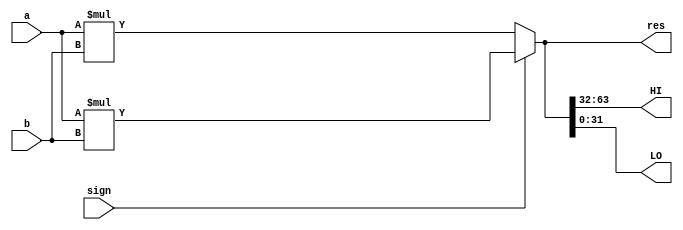
`timescale 1ns / 1ps
//////////////////////////////////////////////////////////////////////////////////
// Company: 
// Engineer: 
// 
// Design Name: 
// Module Name: MUL
// Project Name: 
// Target Devices: 
// Tool Versions: 
// Description: 
// 
// Dependencies: 
// 
// Revision:
// Revision 0.01 - File Created
// Additional Comments:
// 
//////////////////////////////////////////////////////////////////////////////////


module MUL(
    input [31:0] a,
    input [31:0] b,
    input sign,
    output [63:0] res,
    output [31:0] HI,
    output [31:0] LO
    );

//
wire [63:0] unsigned_a,unsigned_b,unsigned_res;
assign unsigned_a ={ 32'b0 , a };
assign unsigned_b ={ 32'b0 , b };
assign unsigned_res = unsigned_a * unsigned_b;

//
wire signed [63:0] signed_a ,signed_b,signed_res;
assign signed_a = { {32{a[31]}} , a };
assign signed_b = { {32{b[31]}} , b };
assign signed_res = signed_a * signed_b;

//
assign res = sign ? signed_res : unsigned_res;
assign HI = res[63:32];
assign LO = res[31:0];

endmodule